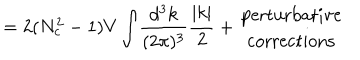
= 2 ( N _ { c } ^ { 2 } - 1 ) V \int \! \frac { d ^ { 3 } k } { ( 2 \pi ) ^ { 3 } } \frac { | k | } { 2 } + \begin{array} { c } { { \mathrm { p e r t u r b a t i v e } } } \\ { { \mathrm { c o r r e c t i o n s } } } \\ \end{array}